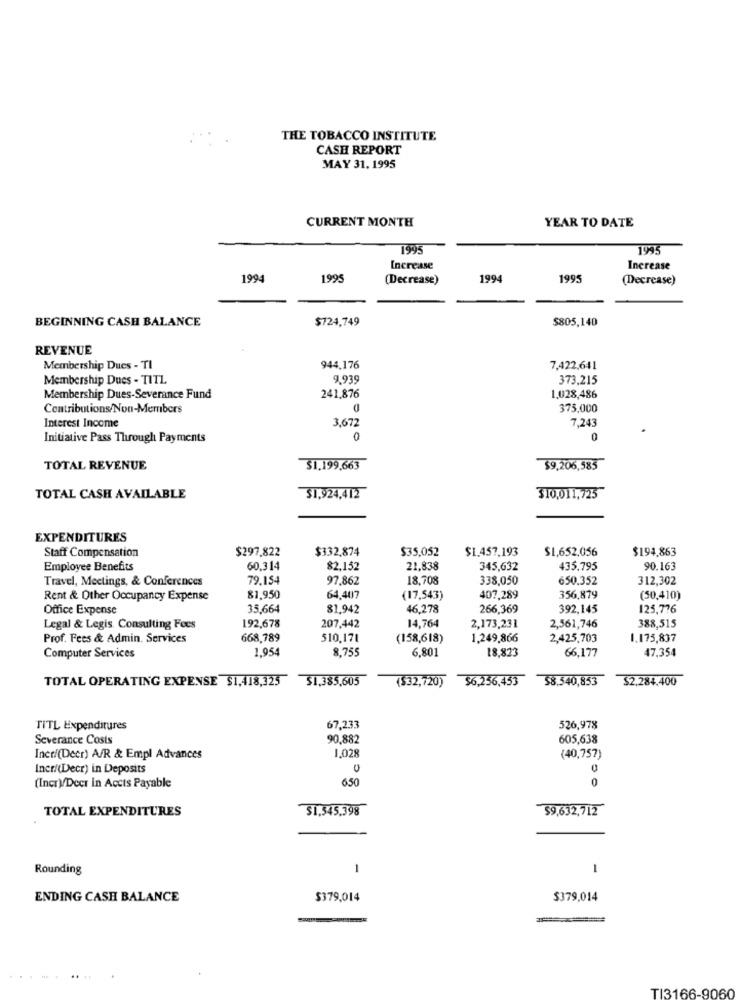
THE TOBACCO INSTITUTE
CASH REPORT
MAY 31, 1995
CURRENT MONTH
YEAR TO DATE
1995
1995
Increase
Increase
1994
1995
(Decrease)
1994
1995
(Decrease)
BEGINNING CASH BALANCE
$724,749
$805,140
REVENUE
Membership Dues - TI
944,176
7,422,641
Membership Dues - TITL
9.939
373,215
Membership Dues-Severance Fund
241,876
1.028,486
Contributions/Non-Members
375,000
Interest Income
3,672
7,243
Initiative Pass Through Payments
0
0
TOTAL REVENUE
$1.199.663
$9,206,585
TOTAL CASH AVAILABLE
$1,924,412
310,011,725
EXPENDITURES
Staff Compensation
$297.822
$332,874
$35,052
$1.457.193
$1,652,056
$194,863
Employee Benefits
60.314
82,152
21.838
345,632
435.795
90.163
Travel, Meetings, & Conferences
79.15-
97.862
18,708
338,050
650.352
312,302
Rent & Other Occupancy Expense
81.950
64,407
(17,543)
407,289
356,879
(50,410)
Office Expense
35,664
81,942
46,278
266,369
392,145
125,776
192,678
Legal & Legis. Consulting Fees
207,442
14,764
2,173,231
2,561,746
388,515
Prof. Fees & Admin. Services
668,789
510,171
(158,618)
1,249,866
2,425,703
1.175,837
Computer Services
1.954
8,755
6,80
18,823
66,177
47,354
TOTAL OPERATING EXPENSE $1,418,325
$1,385,605
($32,720) $6,256,453 58,340,853
$2.284.400
TITL Expenditures
67,233
526,978
Severance Costs
90,882
605,638
Incri(Decr) A/R & Empl Advances
1,028
(40,757)
Incr/(Decr) in Deposits
U
650
0
(Incr)/Deer in Accts Payable
TOTAL EXPENDITURES
$1,545.398
$9,632,712
Rounding
1
1
ENDING CASH BALANCE
$379,014
$379,014
TI3166-9060